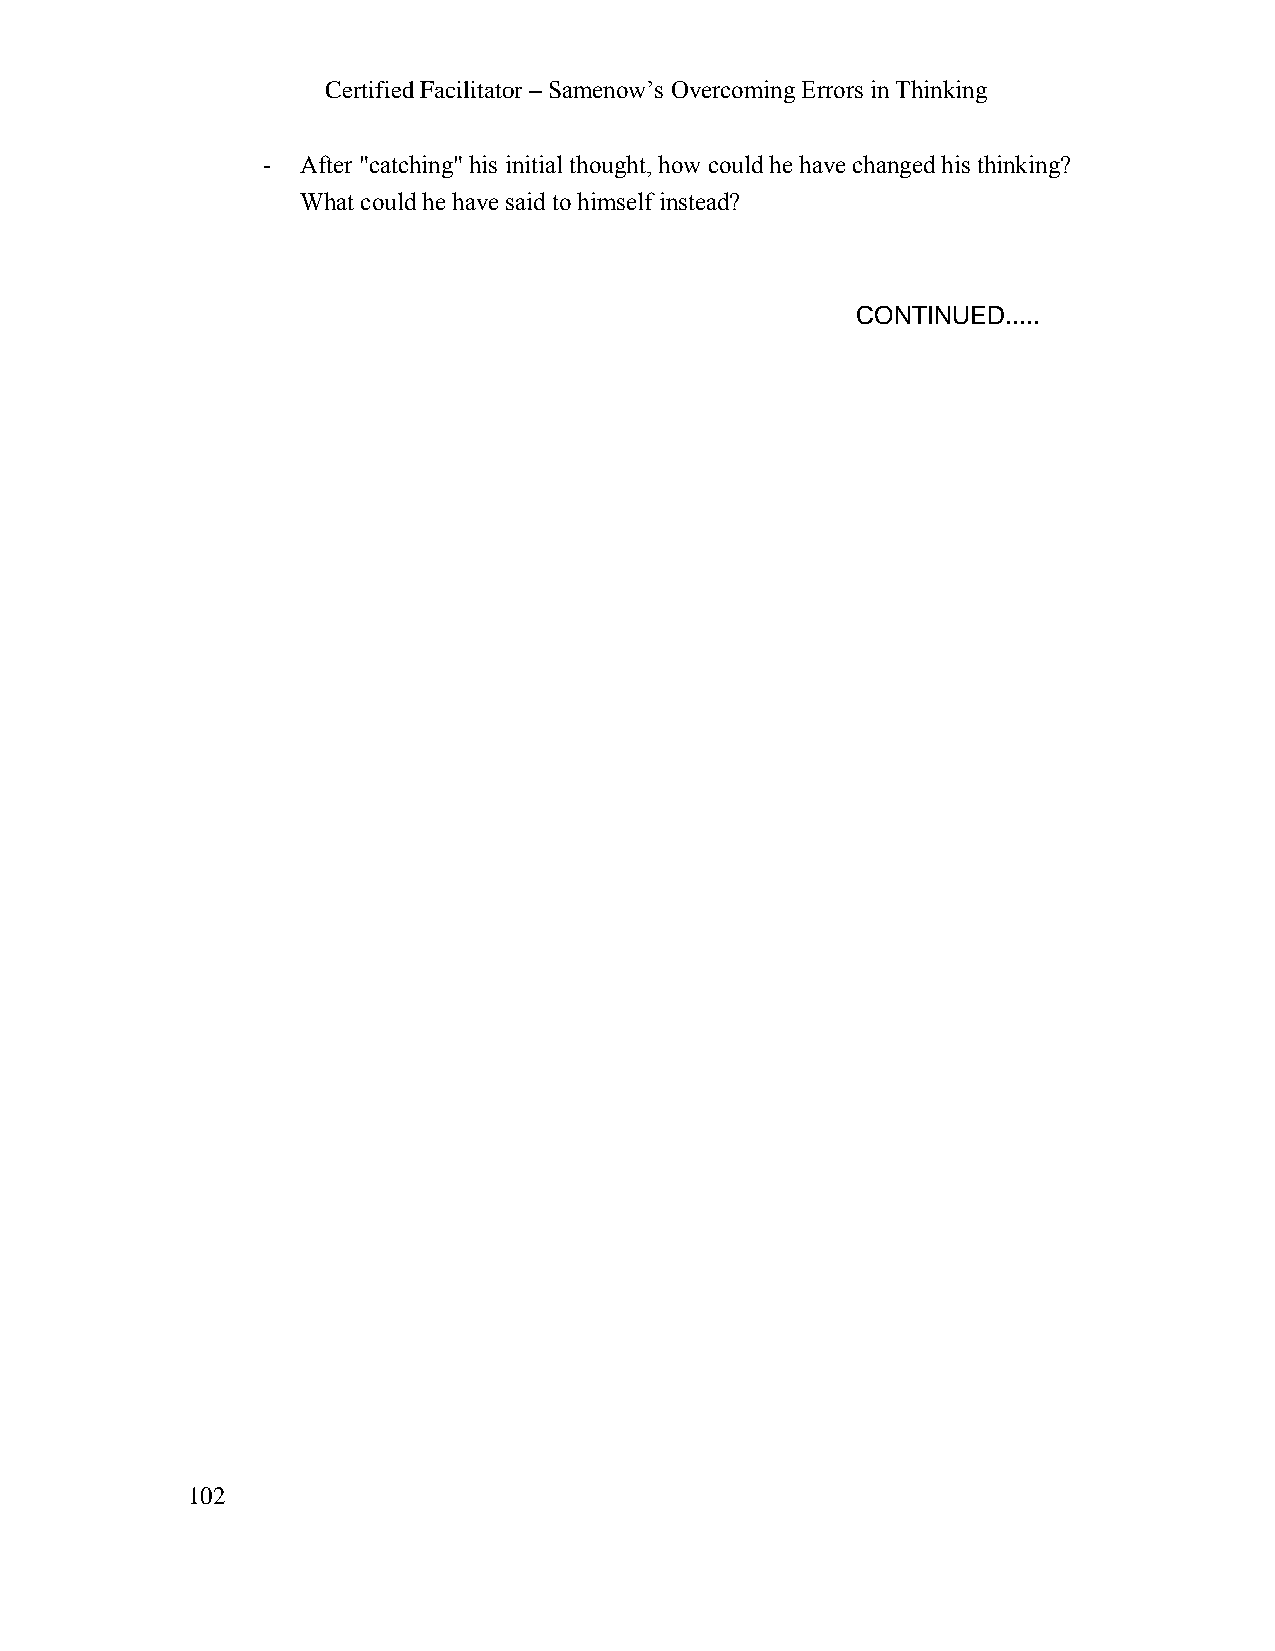
Certified Facilitator – Samenow’s Overcoming Errors in Thinking
 -  After "catching" his initial thought, how could he have changed his thinking?
 What could he have said to himself instead?
 CONTINUED.....
 102